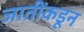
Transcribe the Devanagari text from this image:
जातींकडून